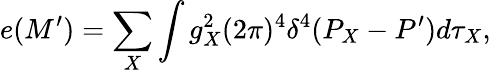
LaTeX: e(M^{\prime})=\sum_{X}\int g_{X}^{2}(2\pi)^{4}\delta^{4}(P_{X}-P^{\prime})d\tau_{X},\,